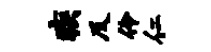
疾及伶仁